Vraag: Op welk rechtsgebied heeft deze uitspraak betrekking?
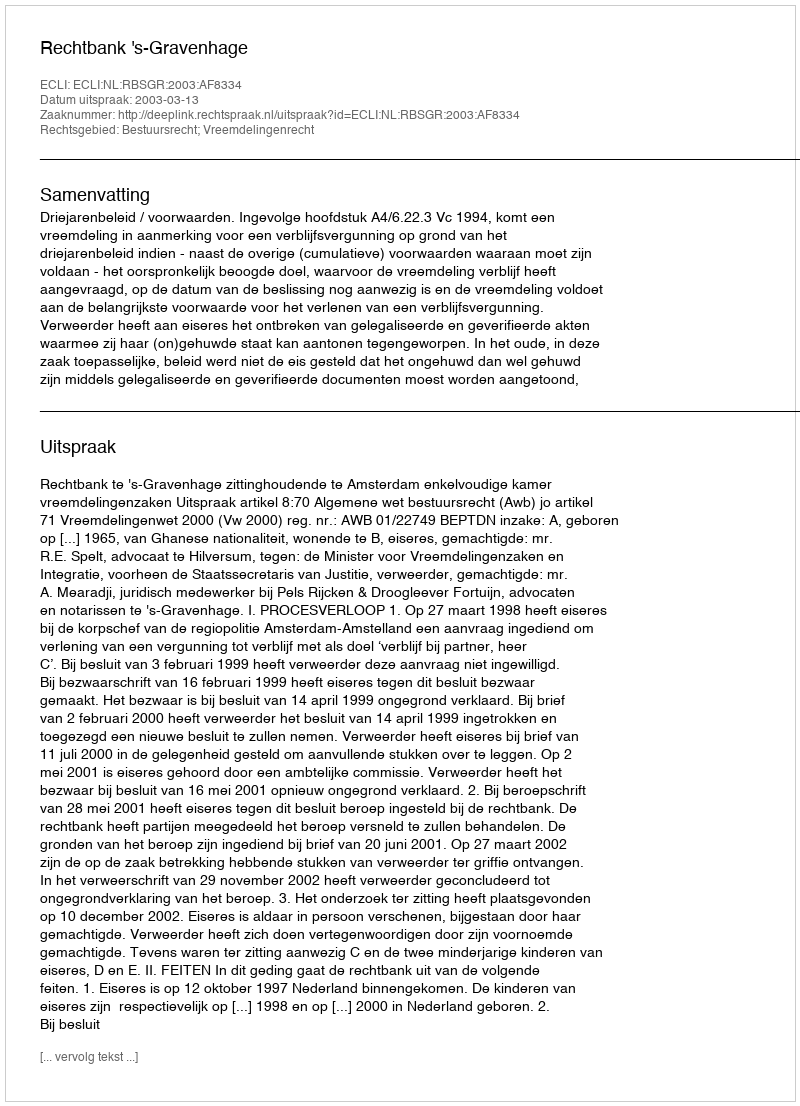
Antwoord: Bestuursrecht; Vreemdelingenrecht